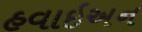
હવાઇઅન